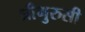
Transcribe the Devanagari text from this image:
श्रीगुरुसी